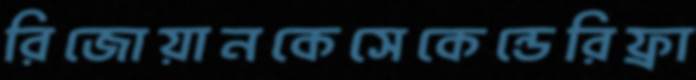
রিজোয়ানকেসেকেন্ডেরিফ্রা